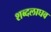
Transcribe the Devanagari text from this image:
शब्दलाघव